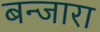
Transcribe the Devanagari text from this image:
बन्जारा